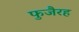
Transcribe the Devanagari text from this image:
फुजैरह